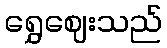
ရွှေဈေးသည်